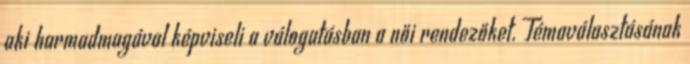
aki harmadmagával képviseli a válogatásban a női rendezőket. Témaválasztásának